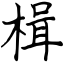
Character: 楫